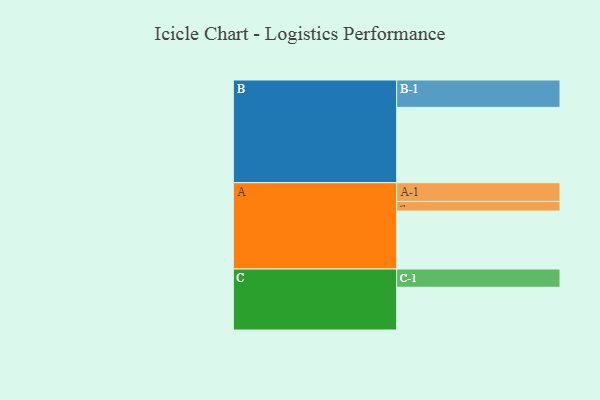
{"axis": {"x": "Segment", "y": "Value"}, "legend": ["", "A", "B", "C"], "data": [{"x": "A", "y": 457, "type": ""}, {"x": "B", "y": 594, "type": ""}, {"x": "C", "y": 337, "type": ""}, {"x": "A-1", "y": 148, "type": "A"}, {"x": "A-2", "y": 76, "type": "A"}, {"x": "B-1", "y": 216, "type": "B"}, {"x": "C-1", "y": 144, "type": "C"}]}